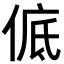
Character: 𪝊